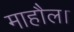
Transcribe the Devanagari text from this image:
माहौल।